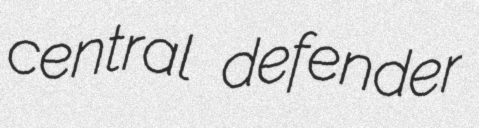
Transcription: central defender